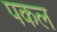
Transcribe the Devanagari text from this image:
पकल